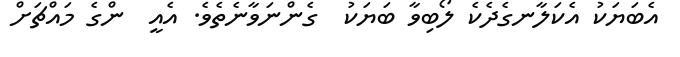
އެބަޔަކު އެކަލާނގެދެކެ ލޯބިވާ ބަޔަކު  ގެންނަވާނެތެވެ. އެއީ  ންގެ މައްޗަށް